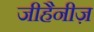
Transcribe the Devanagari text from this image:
जीहैनीज़